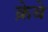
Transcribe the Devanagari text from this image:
क्रेबे